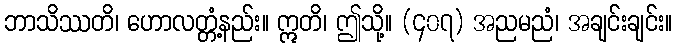
ဘာသိဿတိ၊ ဟောလတ္တံ့နည်း။ ဣတိ၊ ဤသို့။ (၄၀၇) အညမညံ၊ အချင်းချင်း။